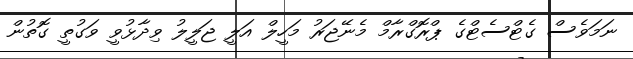
ނަމަވެސް ގެޓްސެޓްގެ ޕްރޮގްރާމް މެނޭޖަރު މަހީލް އަލީ ޖަލީލު ވިދާޅުވީ ވަގުތީ ގޮތުން